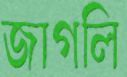
জাগলি